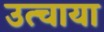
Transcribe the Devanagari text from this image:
उत्चाया